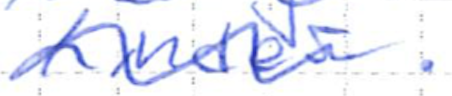
Text: Linder.
Cross-out: wave
Writing tool: ballpoint